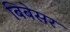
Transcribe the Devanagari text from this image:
बिबेसर